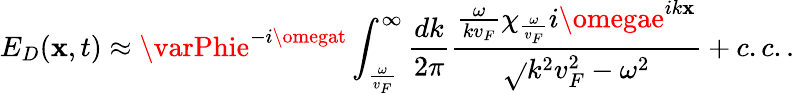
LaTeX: E_{D}(\mathbf{x},t)\approx\varPhie^{-i\omegat}\int_{\frac{{\omega}}{{v_{F}}}}^{\infty}\frac{{dk}}{{2\pi}}\frac{{\frac{{\omega}}{{kv_{F}}}\chi_{\frac{{\omega}}{{v_{F}}}}i\omegae^{ik\mathbf{x}}}}{{\sqrt{}{{k^{2}v_{F}^{2}-\omega^{2}}}}}+c.c..